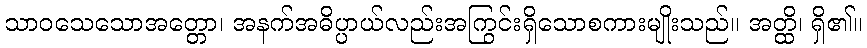
သာဝသေသောအတ္တော၊ အနက်အဓိပ္ပာယ်လည်းအကြွင်းရှိသောစကားမျိုးသည်။ အတ္ထိ၊ ရှိ၏။